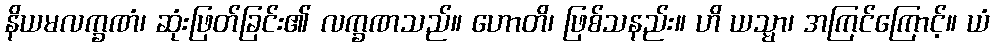
နိယမလက္ခဏံ၊ ဆုံးဖြတ်ခြင်း၏ လက္ခဏသည်။ ဟောတိ၊ ဖြစ်သနည်း။ ဟိ ယသ္မာ၊ အကြင်ကြောင့်။ ယံ